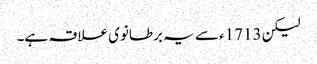
لیکن 1713ء سے یہ برطانوی علاقہ ہے۔